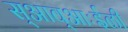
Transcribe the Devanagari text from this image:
स्आव्आःईळी